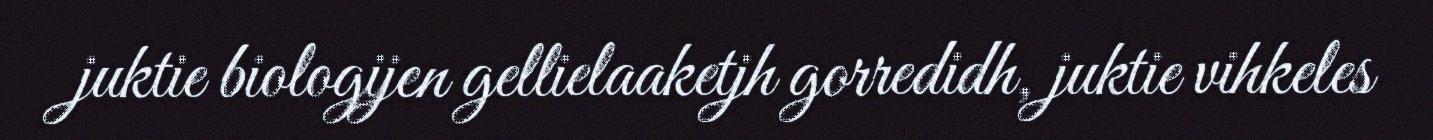
juktie biologijen gellielaaketjh gorredidh, juktie vihkeles